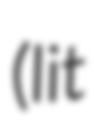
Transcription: (lit